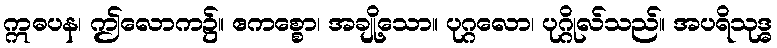
ဣဓပန၊ ဤလောက၌။ ဧကစ္စော၊ အချို့သော။ ပုဂ္ဂလော၊ ပုဂ္ဂိုလ်သည်။ အပရိသုဒ္ဓ